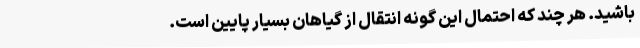
باشید. هر چند که احتمال این گونه انتقال از گیاهان بسیار پایین است.